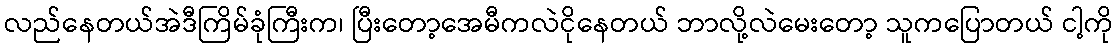
လည်နေတယ်အဲဒီကြိမ်ခုံကြီးက၊ ပြီးတော့အေမီကလဲငိုနေတယ် ဘာလို့လဲမေးတော့ သူကပြောတယ် ငါ့ကို